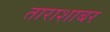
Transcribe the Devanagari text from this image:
ताराशाबर